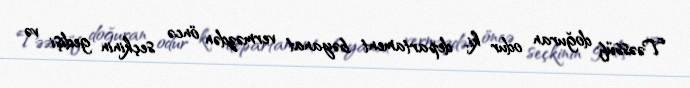
Təəssüf doğuran odur ki, departament bəyanat verməzdən öncə seçkinin gedişi və